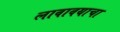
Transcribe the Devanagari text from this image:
लावावयाचा